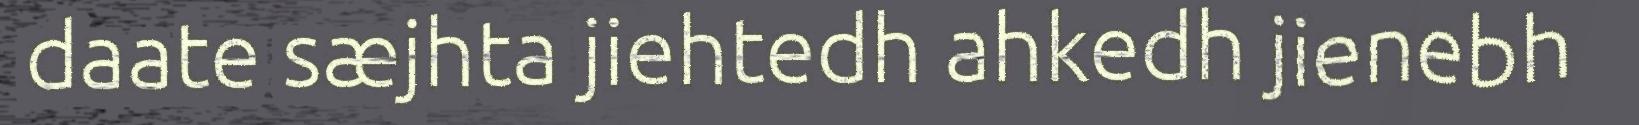
daate sæjhta jiehtedh ahkedh jienebh